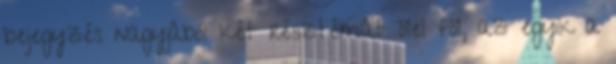
bejegyzés nagyjából két résztémát ölel föl, az egyik a